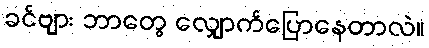
ခင်ဗျား ဘာတွေ လျှောက်ပြောနေတာလဲ။